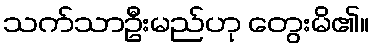
သက်သာဦးမည်ဟု တွေးမိ၏။